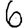
Digit: 6